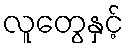
လူတွေနှင့်